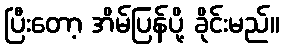
ပြီးတော့ အိမ်ပြန်ပို့ ခိုင်းမည်။